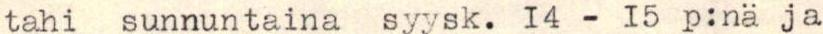
tahi sunnuntaina syysk. 14 - 15 p:nä ja